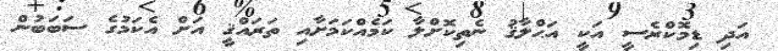
އަދި ޑިމޮކްރެސީ އަކީ އަޙްލާޤު ނެތިކޮށްލާ ކަމެއްކަމަށާއި ތަރައްޤީ އަށް އެކަމުގެ ސަބަބުން